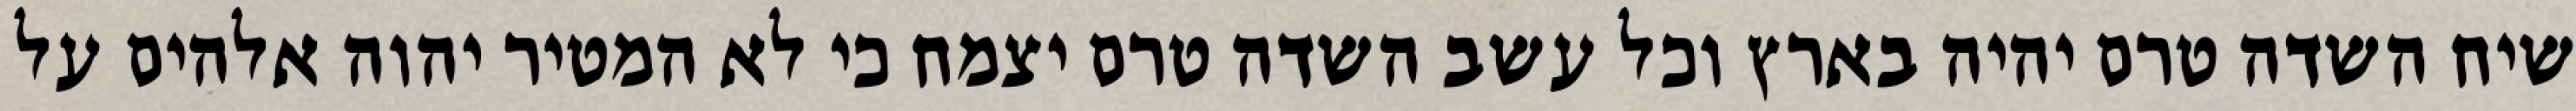
שיח השדה טרם יהיה בארץ וכל עשב השדה טרם יצמח כי לא המטיר יהוה אלהים על